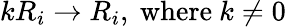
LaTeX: kR_{i}\rightarrow R_{i},\ {\mathrm{where~}}k\neq 0